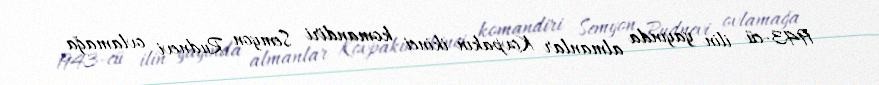
1943-cü ilin yayında almanlar Kovpakın ikinci komandiri Semyon Rudnevi ovlamağa